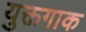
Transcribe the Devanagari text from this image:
युक्तगाक